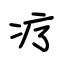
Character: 疗